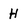
Character: H